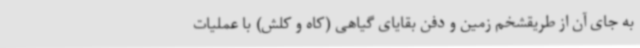
به جای آن از طریقشخم زمین و دفن بقایای گیاهی (کاه و کلش) با عملیات